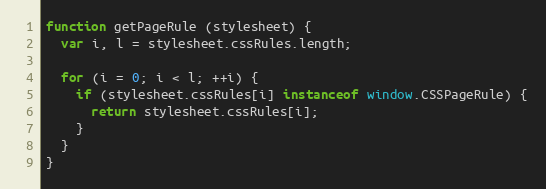
Language: JavaScript
function getPageRule (stylesheet) {
  var i, l = stylesheet.cssRules.length;

  for (i = 0; i < l; ++i) {
    if (stylesheet.cssRules[i] instanceof window.CSSPageRule) {
      return stylesheet.cssRules[i];
    }
  }
}